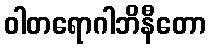
ဝါတရောဂါဘိနီတော